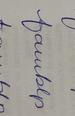
Signature authenticity: forged